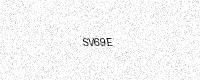
Text: SV69E